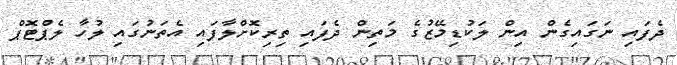
ދެފައި ނަގައިގެން އިން ލަކުޑިމޭޒުގެ މަތިން ދެފައި ތިރިކޮށްލާފައި އެތަނުގައި ލުހާ ލެޕްޓޮޕް